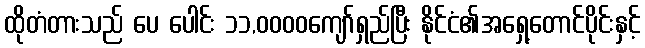
ထိုတံတားသည် ပေ ပေါင်း ၁၁,၀၀၀၀ကျော်ရှည်ပြီး နိုင်ငံ၏အရှေ့တောင်ပိုင်းနှင့်